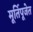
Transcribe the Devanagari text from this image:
मूर्तिपूजेत